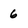
Character: 6